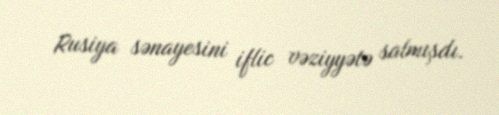
Rusiya sənayesini iflic vəziyyətə salmışdı.